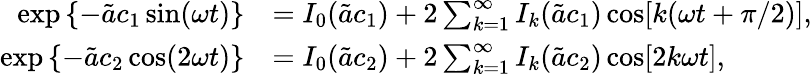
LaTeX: \begin{array}{rl}{\exp\left\{ -\tilde{a}c_{1}\sin(\omega t)\right\} }&{=I_{0}(\tilde{a}c_{1})+2\sum_{k=1}^{\infty}I_{k}(\tilde{a}c_{1})\cos[k(\omega t+\pi/2)],}\\ {\exp\left\{ -\tilde{a}c_{2}\cos(2\omega t)\right\} }&{=I_{0}(\tilde{a}c_{2})+2\sum_{k=1}^{\infty}I_{k}(\tilde{a}c_{2})\cos[2k\omega t],}\end{array}